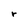
Character: r